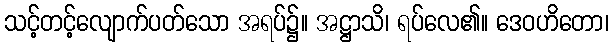
သင့်တင့်လျောက်ပတ်သော အရပ်၌။ အဋ္ဌာသိ၊ ရပ်လေ၏။ ဒေဝဟိတော၊